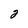
Character: 2